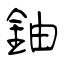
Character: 鈾